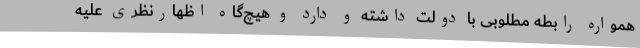
همواره رابطه مطلوبی با دولت داشته و دارد و هیچ‌گاه اظهارنظری علیه